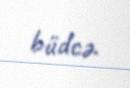
büdcə.